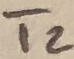
Text: T2